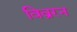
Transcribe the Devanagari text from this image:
विव्ररन